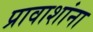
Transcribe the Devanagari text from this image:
प्रावाशांना